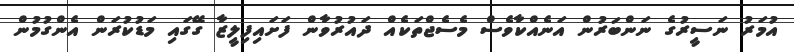
އުމަރު ނަސީރުގެ ނަންބަރުން އަނެއްކާވެސް މެސެޖްތަކެއް ދައުރުވާން ފަށައިފިލީޒާ ގޭގައި މަޑުކުރަން އެންގުމުން